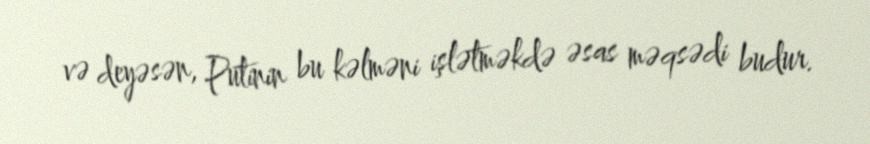
və deyəsən, Putinin bu kəlməni işlətməkdə əsas məqsədi budur.